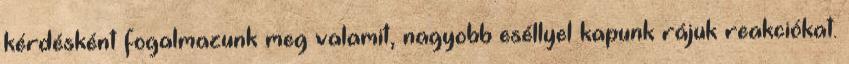
kérdésként fogalmazunk meg valamit, nagyobb eséllyel kapunk rájuk reakciókat.